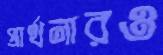
প্রার্থনারও